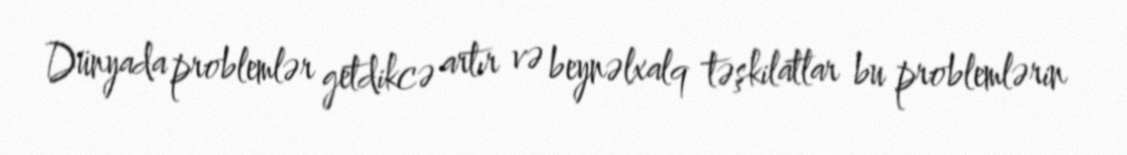
Dünyada problemlər getdikcə artır və beynəlxalq təşkilatlar bu problemlərin